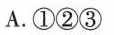
A.①②③